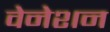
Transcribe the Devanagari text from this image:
वेनेशन